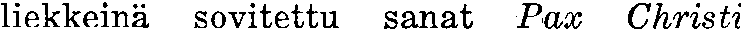
liekkeinä sovitettu sanat Pax Christi